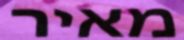
מאיר